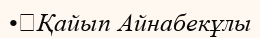
•	Қайып Айнабекұлы